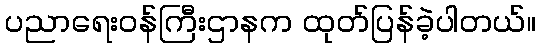
ပညာရေးဝန်ကြီးဌာနက ထုတ်ပြန်ခဲ့ပါတယ်။